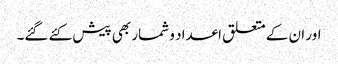
اور ان کے متعلق اعداد و شمار بھی پیش کئے گئے۔